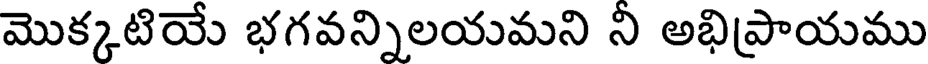
మొక్కటియే భగవన్నిలయమని ని అభిప్రాయము